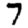
Digit: 7